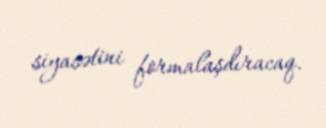
siyasətini formalaşdıracaq.